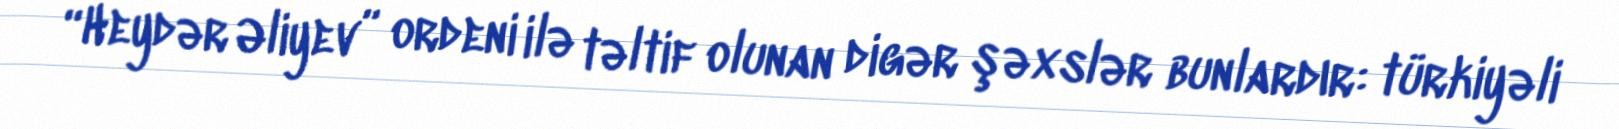
“Heydər Əliyev” ordeni ilə təltif olunan digər şəxslər bunlardır: türkiyəli